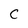
Character: c